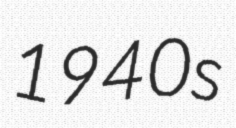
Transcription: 1940s